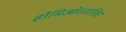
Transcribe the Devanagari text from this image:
होमिओस्तासिस